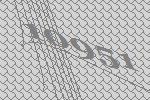
10951